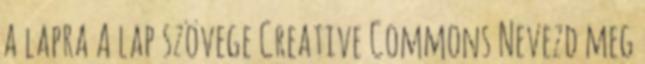
a lapra A lap szövege Creative Commons Nevezd meg